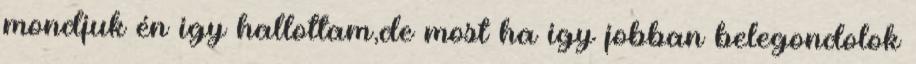
mondjuk én igy hallottam,de most ha igy jobban belegondolok